Report on the bubonic plague in Bombay, 1896-1897
Year: 1896
Disease focus: Plague
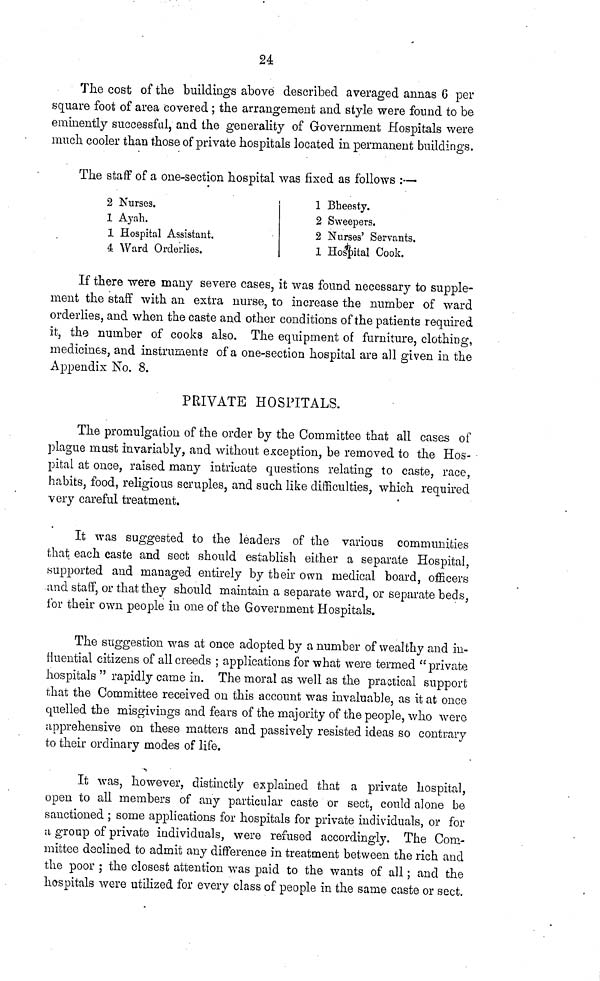
24
The cost of the buildings above described averaged annas 6 per
square foot of area covered ; the arrangement and style were found to be
eminently successful, and the generality of Government Hospitals were
much cooler than those of private hospitals located in permanent buildings.
The staff of a one-section hospital was fixed as follows :—
2 Nurses.
1 Ayah.
1 Hospital Assistant.
4 Ward Orderlies.
1 Bheesty.
2 Sweepers.
2 Nurses' Servants.
1 Hospital Cook.
If there were many severe cases, it was found necessary to supple-
ment the staff with an extra nurse, to increase the number of ward
orderlies, and when the caste and other conditions of the patients required
it, the number of cooks also. The equipment of furniture, clothing,
medicines, and instruments of a one-section hospital are all given in the
Appendix No. 8.
PRIVATE HOSPITALS.
The promulgation of the order by the Committee that all cases of
plague must invariably, and without exception, be removed to the Hos-
pital at once, raised many intricate questions relating to caste, race,
habits, food, religious scruples, and such like difficulties, which required
very careful treatment.
It was suggested to the leaders of the various communities
that each caste and sect should establish either a separate Hospital,
supported and managed entirely by their own medical board, officers
and staff, or that they should maintain a separate ward, or separate beds,
for their own people in one of the Government Hospitals.
The suggestion was at once adopted by a number of wealthy and in-
fluential citizens of all creeds ; applications for what were termed "private
hospitals" rapidly came in. The moral as well as the practical support
that the Committee received on this account was invaluable, as it at once
quelled the misgivings and fears of the majority of the people, who were
apprehensive on these matters and passively resisted ideas so contrary
to their ordinary modes of life.
It was, however, distinctly explained that a private hospital,
open to all members of any particular caste or sect, could alone be
sanctioned ; some applications for hospitals for private individuals, or for
a group of private individuals, were refused accordingly. The Com-
mittee declined to admit any difference in treatment between the rich and
the poor ; the closest attention was paid to the wants of all ; and the
hospitals were utilized for every class of people in the same caste or sect.